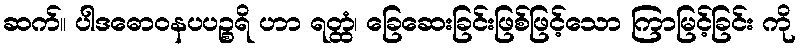
ဆက်။ ပါဒဓောဝနပပဉ္စရိ ဟာ ရတ္ထံ၊ ခြေဆေးခြင်းဖြစ်ဖြင့်သော ကြာမြင့်ခြင်း ကို